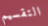
التقسيم